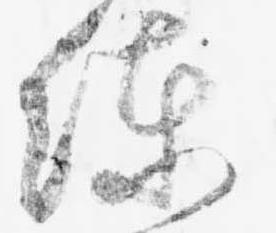
練